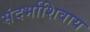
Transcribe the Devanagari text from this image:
संदर्भाशिवाय